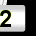
Digit: 2